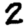
Digit: 2